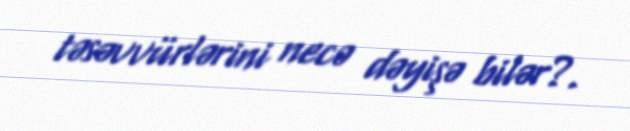
təsəvvürlərini necə dəyişə bilər?.